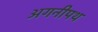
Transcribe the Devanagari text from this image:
अगनीपथ